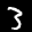
Label: 3